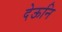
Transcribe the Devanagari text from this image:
देऊनि